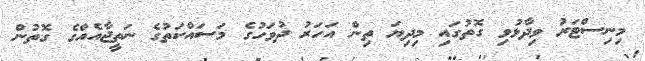
މިނިސްޓަރު ވިދާޅުވި ގޮތުގައި މިދިޔަ ތިން އަހަރު ދުވަހުގެ މަސައްކަތުގެ ނަތީޖާއެއްގެ ގޮތުން